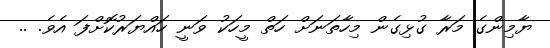
ޔާމިންގެ މަރާ ގުޅިގެން މިހާތަނަށް ހަތް މީހަކު ވަނީ ހައްޔަރުކޮށްފަ އެވެ. ..